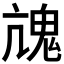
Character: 𩲋